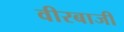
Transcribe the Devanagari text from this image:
वीरबाजी